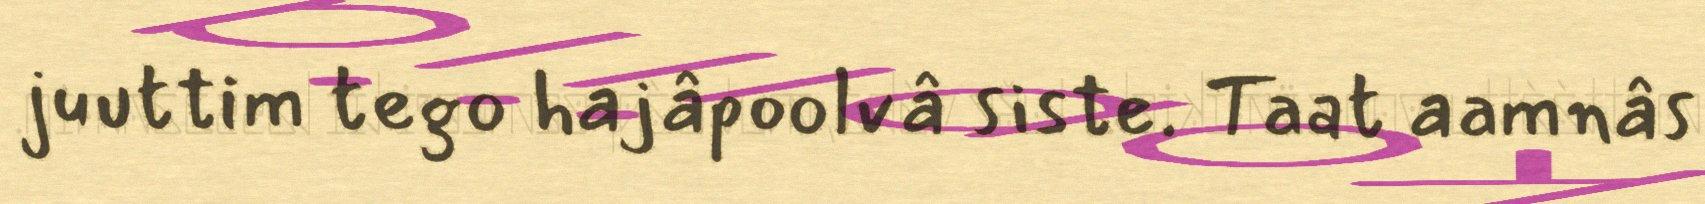
juuttim tego hajâpoolvâ siste. Taat aamnâs